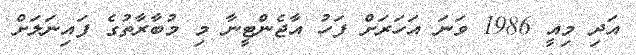
އަދި މިއީ 1986 ވަނަ އަހަރަށް ފަހު އާޖެންޓީނާ މި މުބާރާތުގެ ފައިނަލަށް